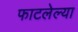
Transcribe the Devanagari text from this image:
फाटलेल्या